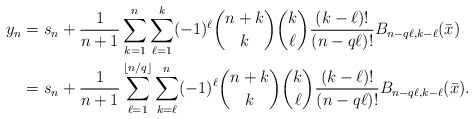
\begin{align*} y_n &= s_n + \frac{1}{n+1} \sum_{k=1}^{n} \sum_{\ell=1}^k (-1)^\ell \binom{n+k}{k}\binom{k}{\ell}\frac{(k-\ell)!}{(n-q\ell)!} B_{n-q\ell,k-\ell}(\bar x) \\ &=s_n + \frac{1}{n+1} \sum_{\ell=1}^{\lfloor n/q\rfloor} \sum_{k=\ell}^n (-1)^\ell \binom{n+k}{k}\binom{k}{\ell}\frac{(k-\ell)!}{(n-q\ell)!} B_{n-q\ell,k-\ell}(\bar x).\end{align*}